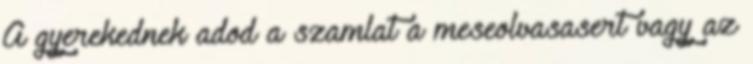
A gyerekednek adod a szamlat a meseolvasasert vagy az